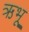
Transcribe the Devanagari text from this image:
ऋभू